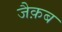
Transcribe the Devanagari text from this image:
जैक़ब